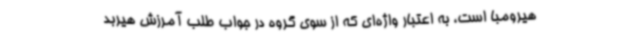
هیرومبا است، به اعتبار واژه‌ای که از سوی گروه در جواب طلب آمرزش هیربد